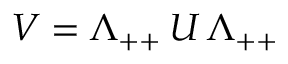
V = \Lambda _ { + + } \, U \, \Lambda _ { + + }